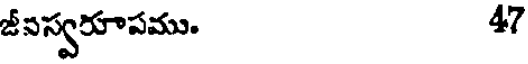
జీవస్వరూపము. 47